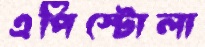
এপিস্টোলা